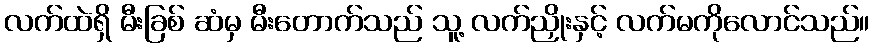
လက်ထဲရှိ မီးခြစ် ဆံမှ မီးတောက်သည် သူ့ လက်ညှိုးနှင့် လက်မကိုလောင်သည်။